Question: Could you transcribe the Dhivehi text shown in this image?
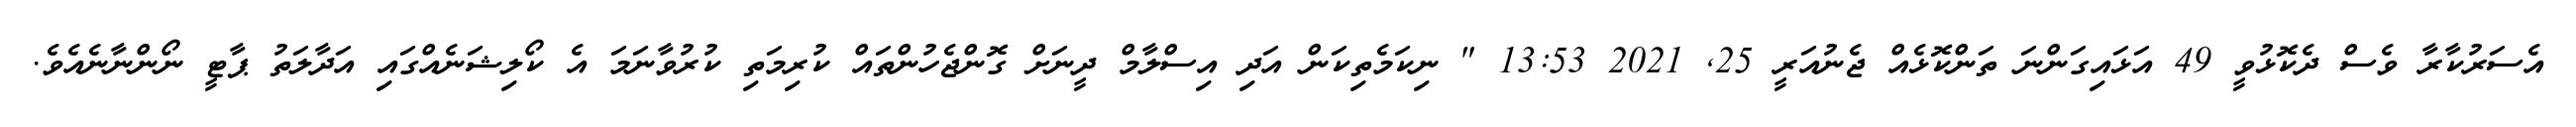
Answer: އެސަރުކާރާ ވެސް ދެކޮޅުވީ 49 އަޅައިގަންނަ ތަންކޮޅެއް ޖެނުއަރީ 25, 2021 13:53 " ނިކަމެތިކަން އަދި އިސްލާމް ދީނަށް ގޮންޖެހުންތައް ކުރިމަތި ކުރުވާނަމަ އެ ކޯލިޝަނެއްގައި އަދާލަތު ޕާޓީ ނޯންނާނެއެވެ.